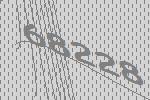
68228